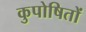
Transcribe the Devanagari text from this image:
कुपोषितों